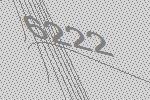
6222